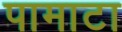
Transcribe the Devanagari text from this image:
पामाटा